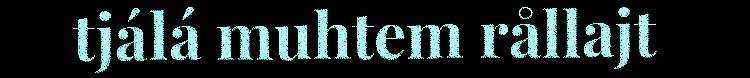
tjálá muhtem rållajt